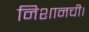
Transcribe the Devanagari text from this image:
निशानची।